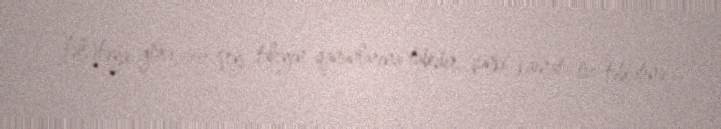
fəlsəfəyə görə, hər şey taleyin qanunlarına tabedir, çünki kainat öz təbiətinə